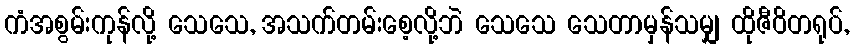
ကံအစွမ်းကုန်လို့ သေသေ, အသက်တမ်းစေ့လို့ဘဲ သေသေ သေတာမှန်သမျှ ထိုဇီဝိတရုပ်,